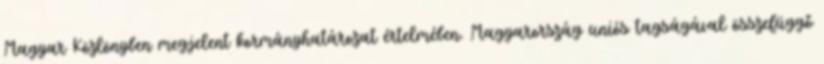
Magyar Közlönyben megjelent kormányhatározat értelmében. Magyarország uniós tagságával összefüggő